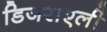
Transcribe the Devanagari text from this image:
डिजराएली